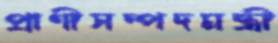
প্রাণীসম্পদমন্ত্রী